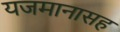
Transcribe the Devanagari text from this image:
यजमानासह